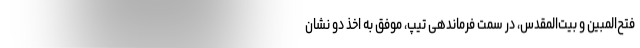
فتح‌المبین و بیت‌المقدس، در سِمت فرماندهی تیپ، موفق به اخذ دو نشان